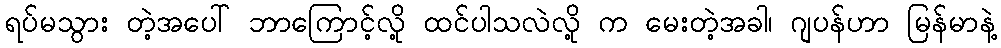
ရပ်မသွား တဲ့အပေါ် ဘာကြောင့်လို့ ထင်ပါသလဲလို့ က မေးတဲ့အခါ၊ ဂျပန်ဟာ မြန်မာနဲ့